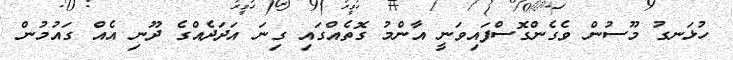
ހުޅަނގު މޫސުން ވެގެންގޮސްފައިވަނީ އާންމު ގޮތެއްގައި ގިނަ އަދަދެއްގެ ދޫނި އެއް ގައުމުން